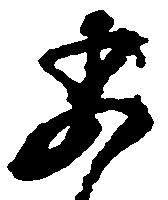
委